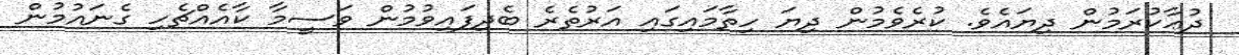
ދުޢާކުރަމުން ދިޔައެވެ. ކުރެވެމުން ދިޔަ ހިތާމައިގައި އަރުތެރެ ބެދިފައިވުމުން ވަސީމާ ކާއެއްޗެހި ގެނައުމުން